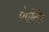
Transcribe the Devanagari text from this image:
पेर्पतिह